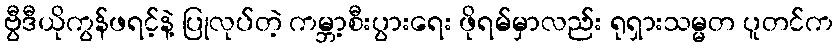
ဗွီဒီယိုကွန်ဖရင့်နဲ့ ပြုလုပ်တဲ့ ကမ္ဘာ့စီးပွားရေး ဖိုရမ်မှာလည်း ရုရှားသမ္မတ ပူတင်က